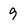
Character: 9